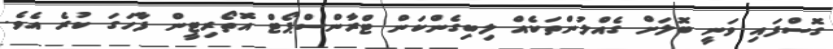
ގޮސްފައި ވަނީ ބޮލަށް ގެއްލުންތަކެއް ލިބިގެންކަން ޓްރާންސްޕޯޓް އޮތޯރިޓީން ފާހަގަ ކުރެ އެވެ.